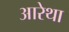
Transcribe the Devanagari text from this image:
आरेथा